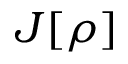
J [ \rho ]